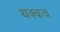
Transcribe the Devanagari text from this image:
थक्कच